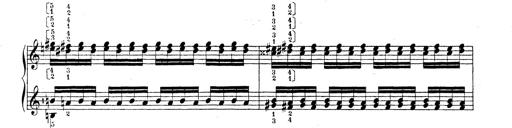
Title: Technische Studien
Composer: Franz Liszt